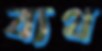
ব্যথ